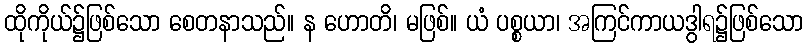
ထိုကိုယ်၌ဖြစ်သော စေတနာသည်။ န ဟောတိ၊ မဖြစ်။ ယံ ပစ္စယာ၊ အကြင်ကာယဒွါရ၌ဖြစ်သော